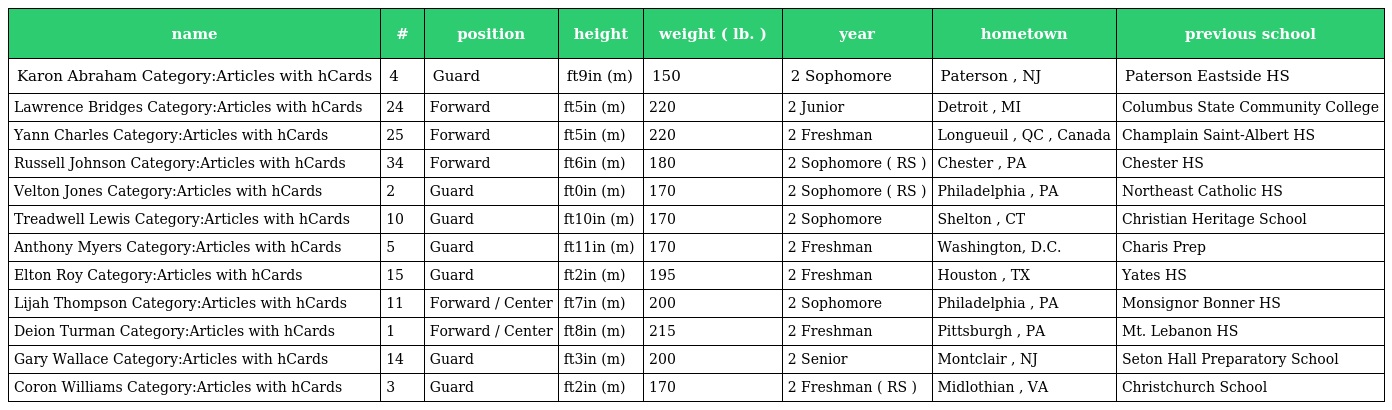
| name | # | position | height | weight ( lb. ) | year | hometown | previous school |
 | --- | --- | --- | --- | --- | --- | --- | --- |
 | Karon Abraham Category:Articles with hCards | 4 | Guard | ft9in (m) | 150 | 2 Sophomore | Paterson , NJ | Paterson Eastside HS |
 | Lawrence Bridges Category:Articles with hCards | 24 | Forward | ft5in (m) | 220 | 2 Junior | Detroit , MI | Columbus State Community College |
 | Yann Charles Category:Articles with hCards | 25 | Forward | ft5in (m) | 220 | 2 Freshman | Longueuil , QC , Canada | Champlain Saint-Albert HS |
 | Russell Johnson Category:Articles with hCards | 34 | Forward | ft6in (m) | 180 | 2 Sophomore ( RS ) | Chester , PA | Chester HS |
 | Velton Jones Category:Articles with hCards | 2 | Guard | ft0in (m) | 170 | 2 Sophomore ( RS ) | Philadelphia , PA | Northeast Catholic HS |
 | Treadwell Lewis Category:Articles with hCards | 10 | Guard | ft10in (m) | 170 | 2 Sophomore | Shelton , CT | Christian Heritage School |
 | Anthony Myers Category:Articles with hCards | 5 | Guard | ft11in (m) | 170 | 2 Freshman | Washington, D.C. | Charis Prep |
 | Elton Roy Category:Articles with hCards | 15 | Guard | ft2in (m) | 195 | 2 Freshman | Houston , TX | Yates HS |
 | Lijah Thompson Category:Articles with hCards | 11 | Forward / Center | ft7in (m) | 200 | 2 Sophomore | Philadelphia , PA | Monsignor Bonner HS |
 | Deion Turman Category:Articles with hCards | 1 | Forward / Center | ft8in (m) | 215 | 2 Freshman | Pittsburgh , PA | Mt. Lebanon HS |
 | Gary Wallace Category:Articles with hCards | 14 | Guard | ft3in (m) | 200 | 2 Senior | Montclair , NJ | Seton Hall Preparatory School |
 | Coron Williams Category:Articles with hCards | 3 | Guard | ft2in (m) | 170 | 2 Freshman ( RS ) | Midlothian , VA | Christchurch School |